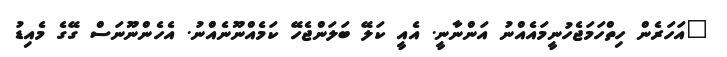
"އަހަރެން ހިތްހަމަޖެހުނީމައެއްނު އަންނާނީ. އެއީ ކަލޭ ބަލަންޖެހޭ ކަމެއްނޫނެއްނު. އެހެންނޫނަސް ގޭގެ މެއިޑު